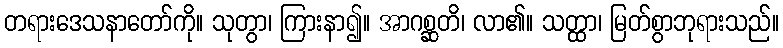
တရားဒေသနာတော်ကို။ သုတွာ၊ ကြားနာ၍။ အာဂစ္ဆတိ၊ လာ၏။ သတ္ထာ၊ မြတ်စွာဘုရားသည်။